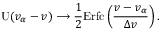
\mathrm { U } ( v _ { \alpha } - v ) \longrightarrow \frac { 1 } { 2 } \mathrm { E r f c } \left( \frac { v - v _ { \alpha } } { \Delta v } \right) .